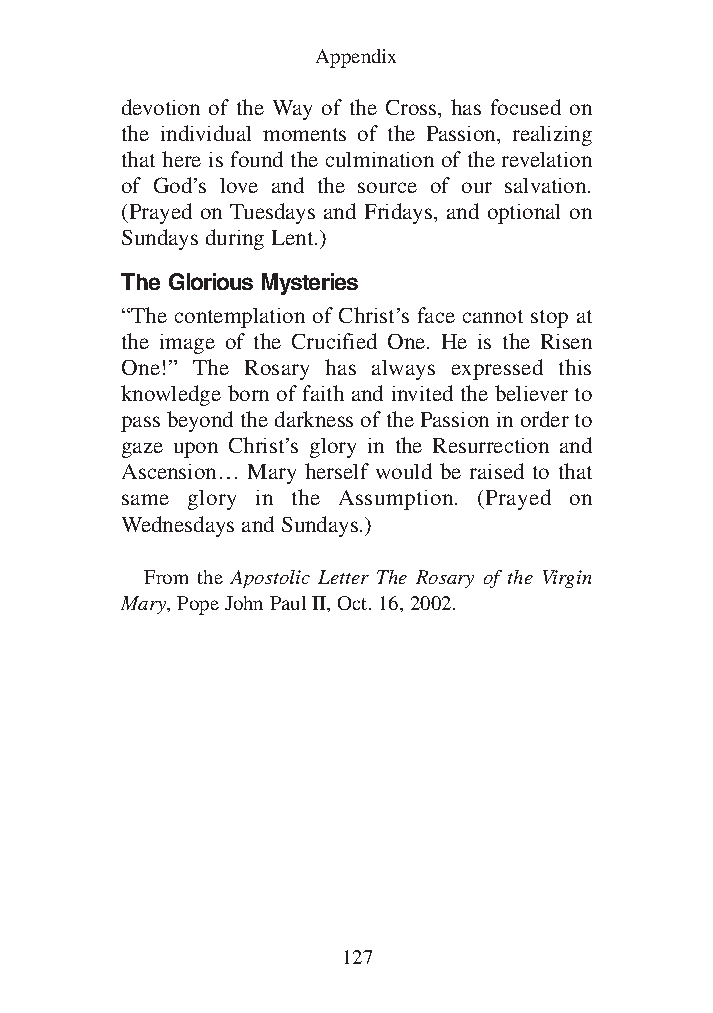
Common Appendix for all Vols_1 12/3/13 8:45 PM Page 127
 Appendix
 devotion of the Way of the Cross, has focused on
 the individual moments of the Passion, realizing
 that here is found the culmination of the revelation
 of God’s love and the source of our salvation.
 (Prayed on Tuesdays and Fridays, and optional on
 Sundays during Lent.)
 The Glorious Mysteries
 “The contemplation of Christ’s face cannot stop at
 the image of the Crucified One. He is the Risen
 One!” The Rosary has always expressed this
 knowledge born of faith and invited the believer to
 pass beyond the darkness of the Passion in order to
 gaze upon Christ’s glory in the Resurrection and
 Ascension… Mary herself would be raised to that
 same glory in the Assumption. (Prayed on
 Wednesdays and Sundays.)
 From the Apostolic Letter The Rosary of the Virgin
 Mary, Pope John Paul II, Oct. 16, 2002.
 127